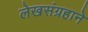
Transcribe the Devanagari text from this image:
लेखसंग्रहाने